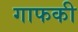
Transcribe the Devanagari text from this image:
गाफकी